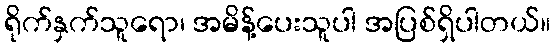
ရိုက်နှက်သူရော၊ အမိန့်ပေးသူပါ အပြစ်ရှိပါတယ်။